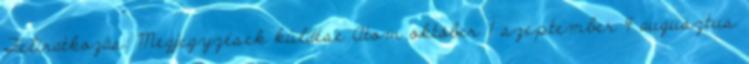
Feliratkozás: Megjegyzések küldése Atom október 1 szeptember 4 augusztus